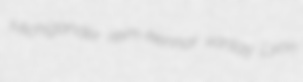
Michigander reim-kennar vanlay Lyon